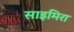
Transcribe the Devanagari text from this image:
साइमिरा